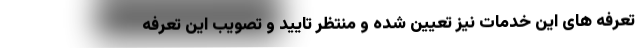
تعرفه های این خدمات نیز تعیین شده و منتظر تایید و تصویب این تعرفه